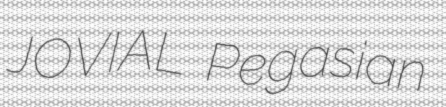
JOVIAL Pegasian